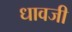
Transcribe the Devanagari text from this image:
धावजी